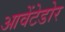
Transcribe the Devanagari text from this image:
आवेंटेडोर